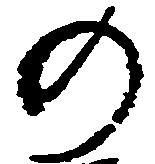
の